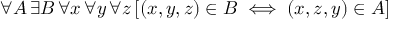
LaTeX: \forall A \, \exists B \, \forall x \, \forall y \, \forall z \, [ ( x , y , z ) \in B \iff ( x , z , y ) \in A ]